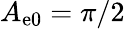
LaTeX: A_{\mathrm{e}0}=\pi/2